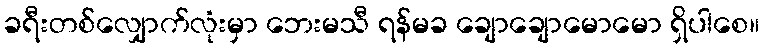
ခရီးတစ်လျှောက်လုံးမှာ ဘေးမသီ ရန်မခ ချောချောမောမော ရှိပါစေ။